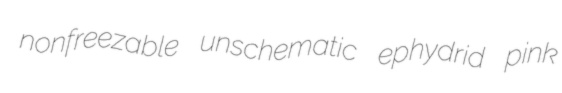
nonfreezable unschematic ephydrid pink